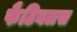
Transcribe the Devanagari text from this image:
फैटियलस